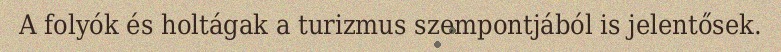
A folyók és holtágak a turizmus szempontjából is jelentősek.